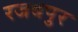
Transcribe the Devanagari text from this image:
रजबपुर